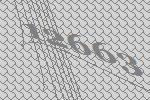
12663